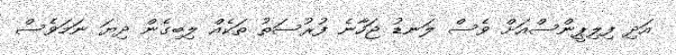
އަދި ފިލިޕީންސްއަށް ވެސް ލަނޑު ޖަހާނެ ފުރުސަތު ތަކެއް ލިބިގެން ދިޔަ ނަމަވެސް